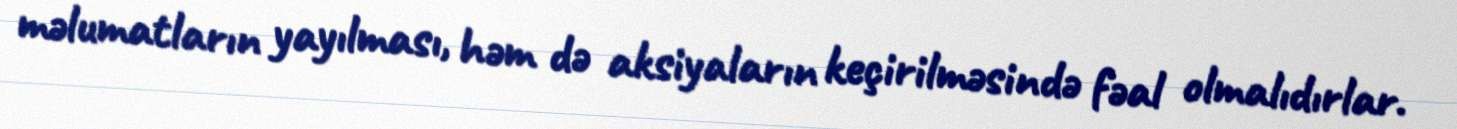
məlumatların yayılması, həm də aksiyaların keçirilməsində fəal olmalıdırlar.